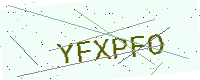
Text: YFXPFO